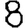
Digit: 8